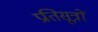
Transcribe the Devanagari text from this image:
प्रतिसूत्रों